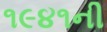
૧૯૪૧ની